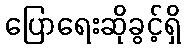
ပြောရေးဆိုခွင့်ရှိ